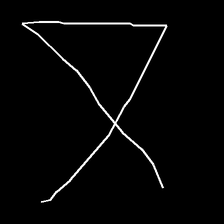
Glyph: collection